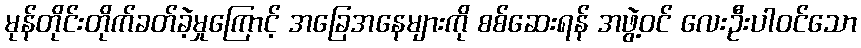
မုန်တိုင်းတိုက်ခတ်ခဲ့မှုကြောင့် အခြေအနေများကို စစ်ဆေးရန် အဖွဲ့ဝင် လေးဦးပါဝင်သော